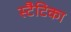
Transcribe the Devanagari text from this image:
स्टैटिका